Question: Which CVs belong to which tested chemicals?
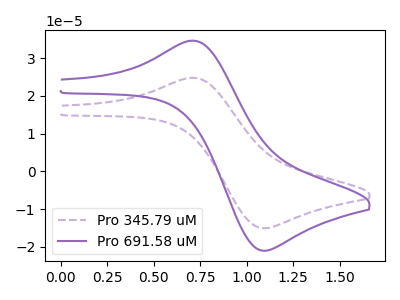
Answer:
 <answer>The purple dashed curve is labeled "Pro 345.79 uM". The purple curve is labeled "Pro 691.58 uM".</answer>
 <eval></eval>